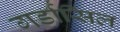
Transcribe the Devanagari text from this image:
गर्डासिल